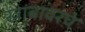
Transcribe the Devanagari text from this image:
खांबावरचे